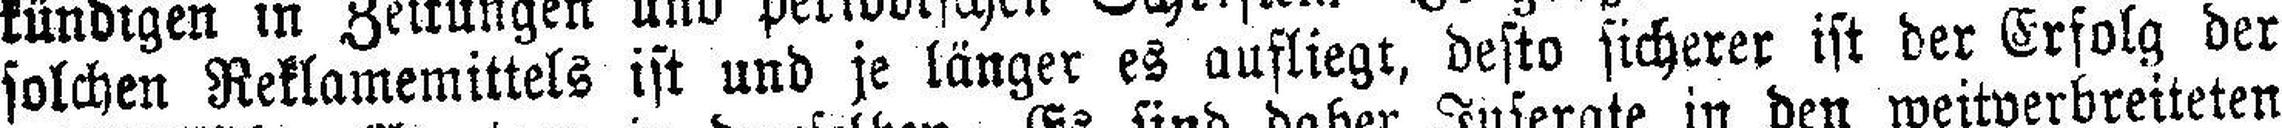
solchen Reklamemittels ist und je länger es aufliegt, desto sicherer ist der Erfolg der